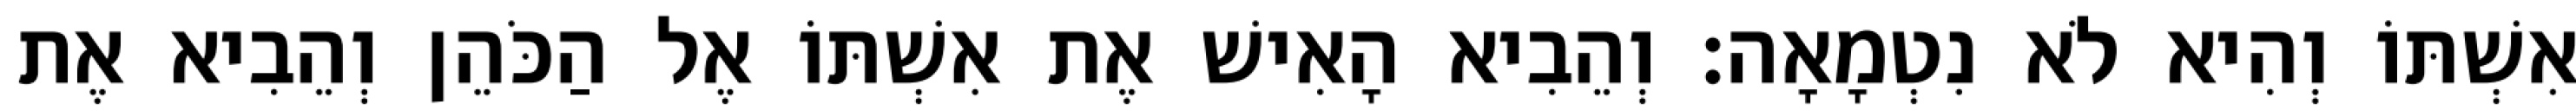
אִשְׁתּוֹ וְהִיא לֹא נִטְמָאָה׃ וְהֵבִיא הָאִישׁ אֶת אִשְׁתּוֹ אֶל הַכֹּהֵן וְהֵבִיא אֶת